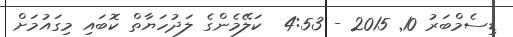
ޑިސެމްބަރު 10